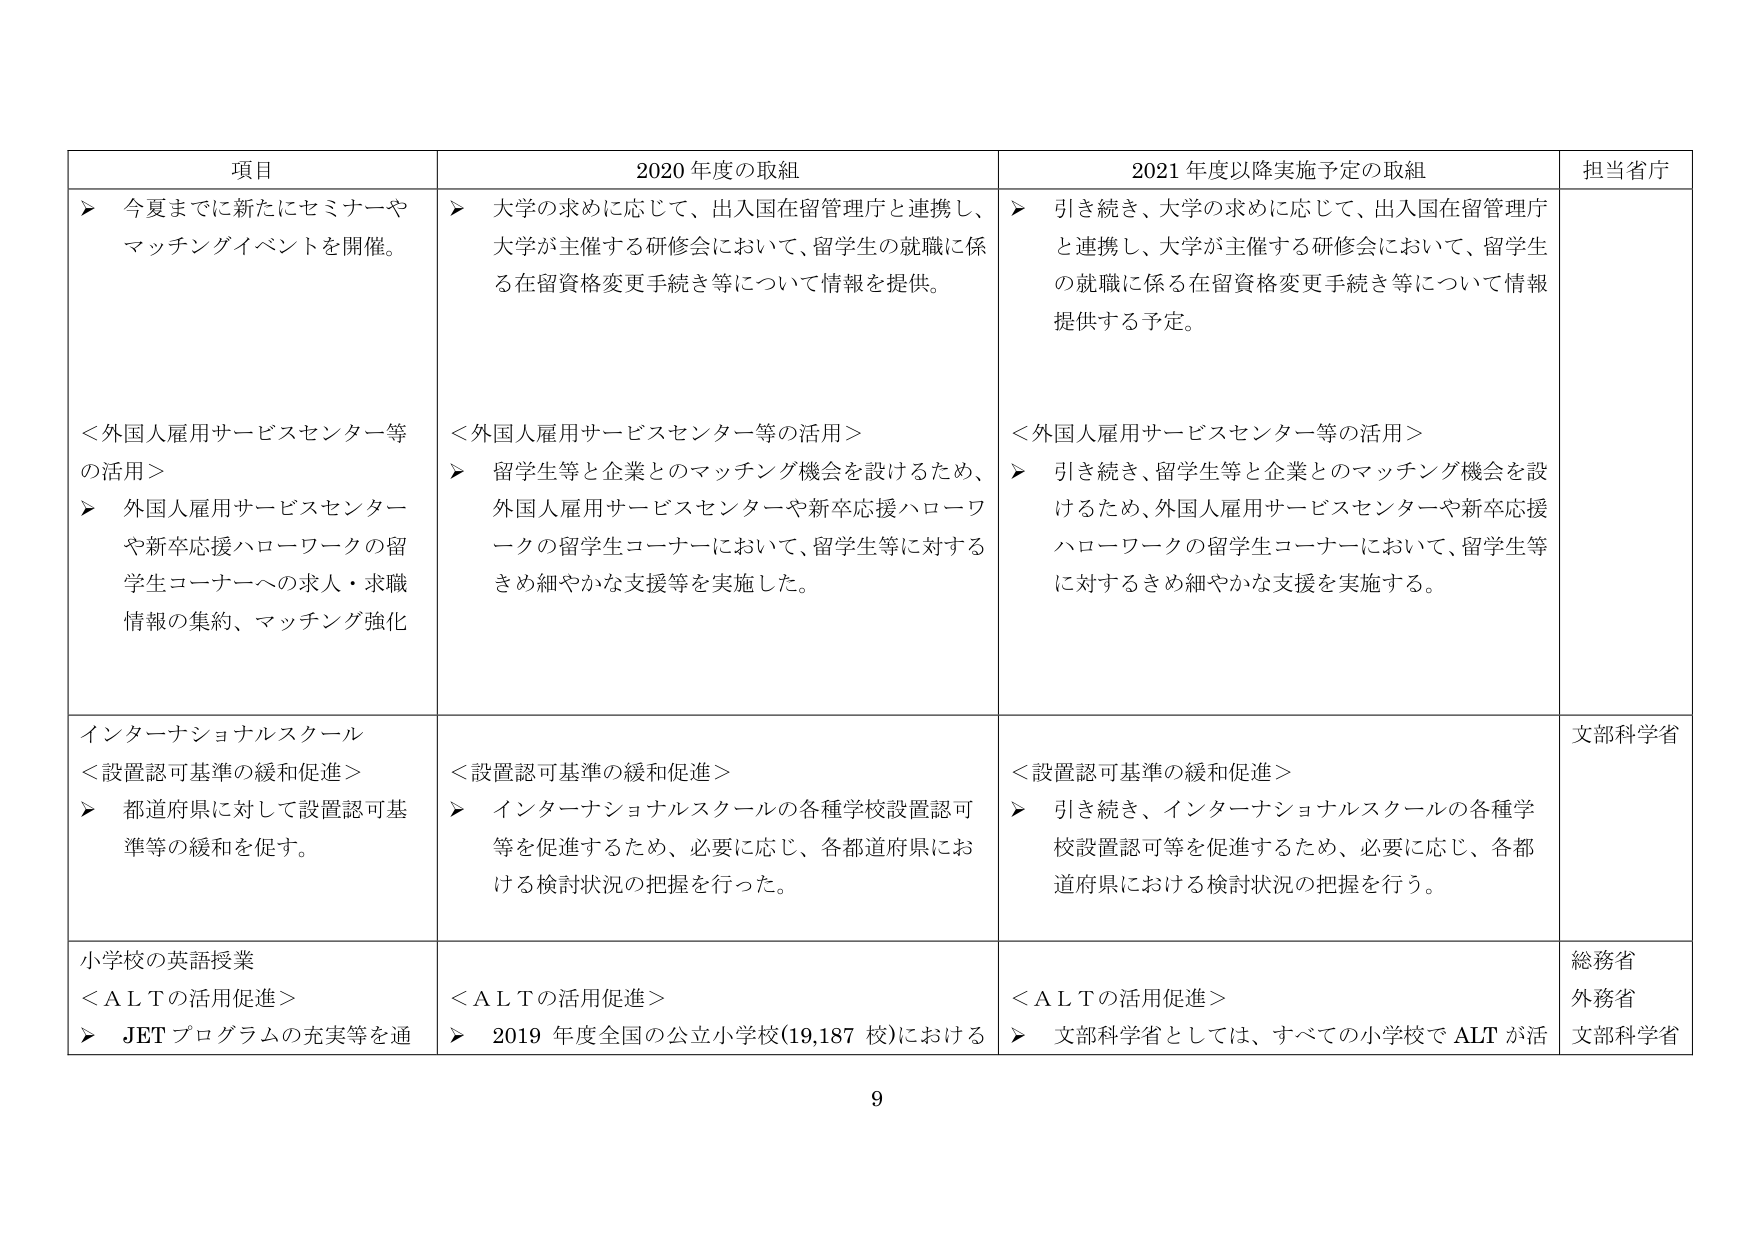
項目
2020年度の取組
2021年度以降実施予定の取組
担当省庁
▶ 今夏までに新たにセミナーや
マッチングイベントを開催。
▶ 大学の求めに応じて、出入国在留管理庁と連携し、
大学が主催する研修会において、留学生の就職に係
る在留資格変更手続き等について情報を提供。
▶ 引き続き、大学の求めに応じて、出入国在留管理庁
と連携し、大学が主催する研修会において、留学生
の就職に係る在留資格変更手続き等について情報
提供する予定。
＜外国人雇用サービスセンター等
の活用＞
▶ 外国人雇用サービスセンター
や新卒応援ハローワークの留
学生コーナーへの求人・求職
情報の集約、マッチング強化
＜外国人雇用サービスセンター等の活用＞
▶ 留学生等と企業とのマッチング機会を設けるため、
外国人雇用サービスセンターや新卒応援ハローワ
ークの留学生コーナーにおいて、留学生等に対する
きめ細やかな支援等を実施した。
＜外国人雇用サービスセンター等の活用＞
▶ 引き続き、留学生等と企業とのマッチング機会を設
けるため、外国人雇用サービスセンターや新卒応援
ハローワークの留学生コーナーにおいて、留学生等
に対するきめ細やかな支援を実施する。
インターナショナルスクール
＜設置認可基準の緩和促進＞
▶ 都道府県に対して設置認可基
準等の緩和を促す。
＜設置認可基準の緩和促進＞
▶ インターナショナルスクールの各種学校設置認可
等を促進するため、必要に応じ、各都道府県にお
ける検討状況の把握を行った。
＜設置認可基準の緩和促進＞
▶ 引き続き、インターナショナルスクールの各種学
校設置認可等を促進するため、必要に応じ、各都
道府県における検討状況の把握を行う。
文部科学省
小学校の英語授業
＜ＡＬＴの活用促進＞
▶ ＪＥＴプログラムの充実等を通
＜ＡＬＴの活用促進＞
▶ 2019年度全国の公立小学校(19,187校)における
＜ＡＬＴの活用促進＞
▶ 文部科学省としては、すべての小学校でＡＬＴが活
総務省
外務省
文部科学省
9